Lunatic asylums Central Provinces reports 1874-1885 - 1874-1885
Year: 1874
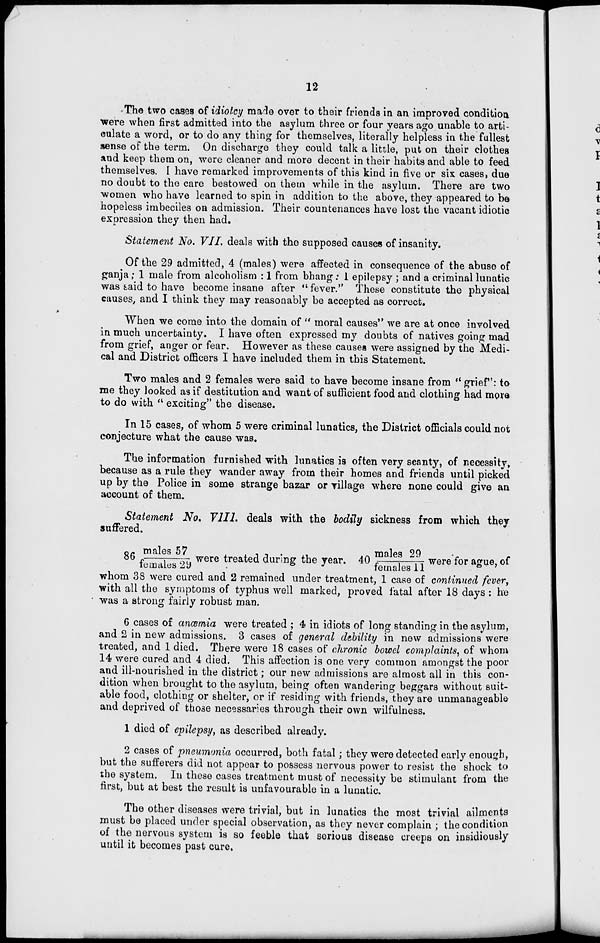
12
The two cases of idiotcy made over to their friends in an improved condition
were when first admitted into the asylum three or four years ago unable to arti-
culate a word, or to do any thing for themselves, literally helpless in the fullest
sense of the term. On discharge they could talk a little, put on their clothes
and keep them on, were cleaner and more decent in their habits and able to feed
themselves. I have remarked improvements of this kind in five or six cases, due
no doubt to the care bestowed on them while in the asylum. There are two
women who have learned to spin in addition to the above, they appeared to be
hopeless imbeciles on admission. Their countenances have lost the vacant idiotic
expression they then had.
Statement No. VII. deals with the supposed causes of insanity.
Of the 29 admitted, 4 (males) were affected in consequence of the abuse of
ganja ; 1 male from alcoholism : 1 from bhang : 1 epilepsy ; and a criminal lunatic
was said to have become insane after " fever." These constitute the physical
causes, and I think they may reasonably be accepted as correct.
When we come into the domain of " moral causes" we are at once involved
in much uncertainty. I have often expressed my doubts of natives going mad
from grief, anger or fear. However as these causes were assigned by the Medi-
cal and District officers I have included them in this Statement.
Two males and 2 females were said to have become insane from " grief": to
me they looked as if destitution and want of sufficient food and clothing had more
to do with " exciting" the disease.
In 15 cases, of whom 5 were criminal lunatics, the District officials could not
conjecture what the cause was.
The information furnished with lunatics is often very scanty, of necessity.
because as a rule they wander away from their homes and friends until picked
up by the Police in some strange bazar or village where none could give an
account of them.
Statement No. VIII. deals with the bodily sickness from which they
suffered.
86 males 57/females 29 were treated during the year. 40 males 29/females 11 were for ague, of
whom 38 were cured and 2 remained under treatment, 1 case of continued fever,
with all the symptoms of typhus well marked, proved fatal after 18 days : he
was a strong fairly robust man.
6 cases of anœmia were treated ; 4 in idiots of long standing in the asylum,
and 2 in new admissions. 3 cases of general debility in new admissions were
treated, and 1 died. There were 18 cases of chronic bowel complaints, of whom
14 were cured and 4 died. This affection is one very common amongst the poor
and ill-nourished in the district ; our new admissions are almost all in this con-
dition when brought to the asylum, being often wandering beggars without suit-
able food, clothing or shelter, or if residing with friends, they are unmanageable
and deprived of those necessaries through their own wilfulness.
1 died of epilepsy, as described already.
2 cases of pneumonia occurred, both fatal ; they were detected early enough,
but the sufferers did not appear to possess nervous power to resist the shock to
the system. In these cases treatment must of necessity be stimulant from the
first, but at best the result is unfavourable in a lunatic.
The other diseases were trivial, but in lunatics the most trivial ailments
must be placed under special observation, as they never complain ; the condition
of the nervous system is so feeble that serious disease creeps on insidiously
until it becomes past cure.